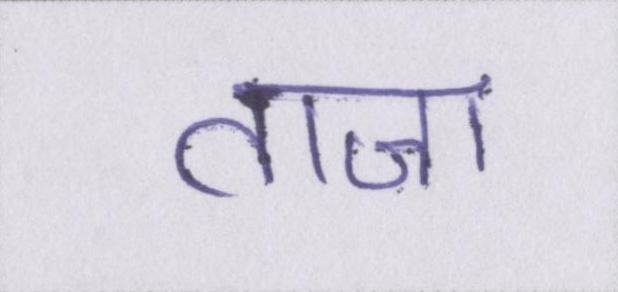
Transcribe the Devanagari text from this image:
ताजा